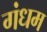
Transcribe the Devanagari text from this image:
गंधम